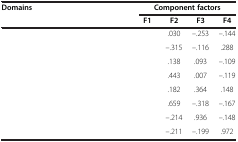
<table><thead><tr><td><b>Domains</b></td><td colspan="4"><b>Component factors</b></td></tr><tr><td>[EMPTY_CELL]</td><td><b>F1</b></td><td><b>F2</b></td><td><b>F3</b></td><td><b>F4</b></td></tr></thead><tbody><tr><td>[EMPTY_CELL]</td><td>[EMPTY_CELL]</td><td>.030</td><td>–.253</td><td>–.144</td></tr><tr><td>[EMPTY_CELL]</td><td>[EMPTY_CELL]</td><td>–.315</td><td>–.116</td><td>.288</td></tr><tr><td>[EMPTY_CELL]</td><td>[EMPTY_CELL]</td><td>.138</td><td>.093</td><td>–.109</td></tr><tr><td>[EMPTY_CELL]</td><td>[EMPTY_CELL]</td><td>.443</td><td>.007</td><td>–.119</td></tr><tr><td>[EMPTY_CELL]</td><td>[EMPTY_CELL]</td><td>.182</td><td>.364</td><td>.148</td></tr><tr><td>[EMPTY_CELL]</td><td>[EMPTY_CELL]</td><td>.659</td><td>–.318</td><td>–.167</td></tr><tr><td>[EMPTY_CELL]</td><td>[EMPTY_CELL]</td><td>–.214</td><td>.936</td><td>–.148</td></tr><tr><td>[EMPTY_CELL]</td><td>[EMPTY_CELL]</td><td>–.211</td><td>–.199</td><td>.972</td></tr></tbody></table>